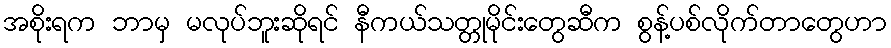
အစိုးရက ဘာမှ မလုပ်ဘူးဆိုရင် နီကယ်သတ္တုမိုင်းတွေဆီက စွန့်ပစ်လိုက်တာတွေဟာ